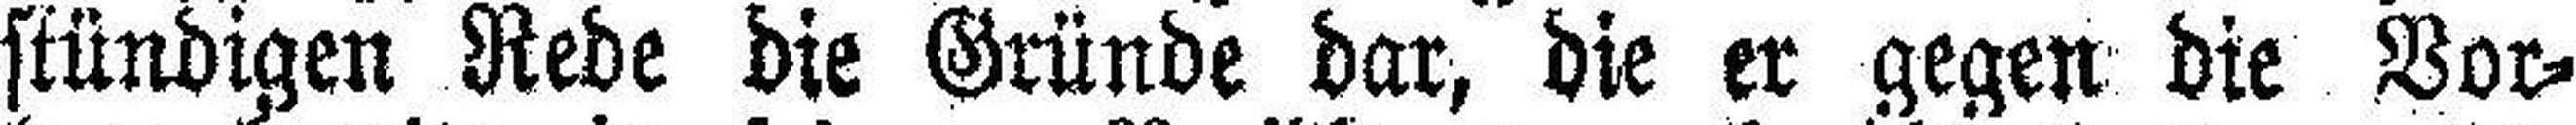
stündigen Rede die Gründe dar, die er gegen die Vor¬